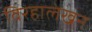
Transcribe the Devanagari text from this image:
विरहालेखन